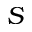
S